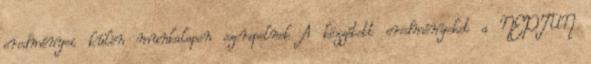
eredményei külön munkalapon szerepelnek A közzétett eredményeket a NEPTUN